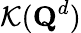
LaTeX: \mathcal{K}(\textbf{Q}^{d})